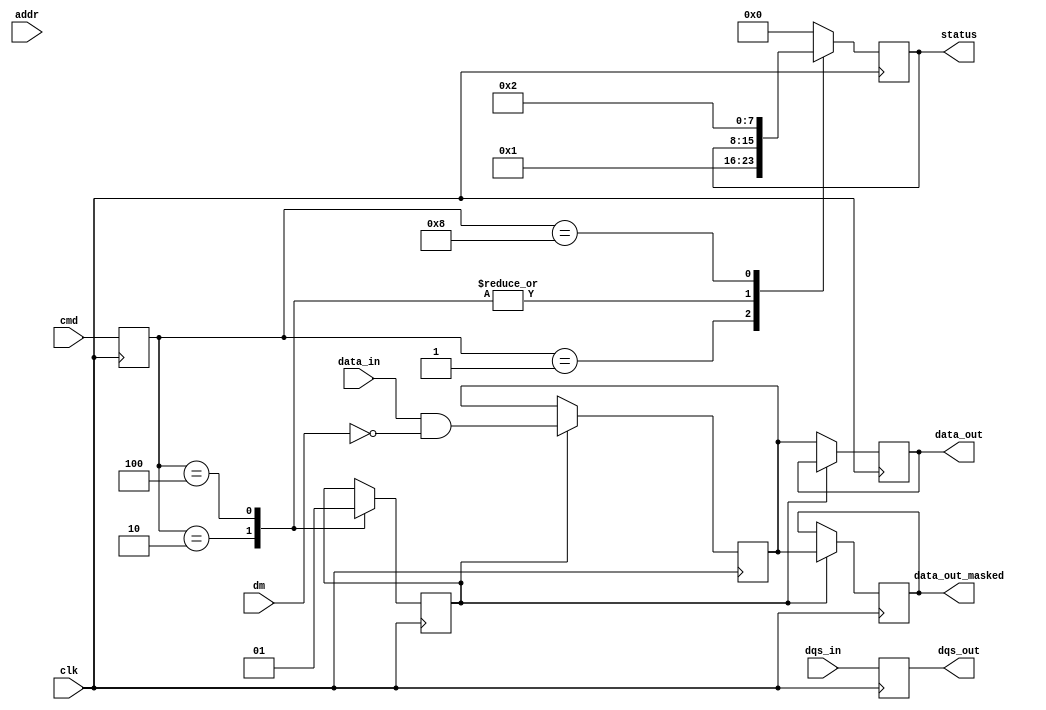
module ddr5_io_block (
    input wire clk,                  // High-frequency clock input
    input wire [63:0] data_in,      // 64-bit data input
    output reg [63:0] data_out,     // 64-bit data output
    input wire [7:0] cmd,           // Command signals
    input wire [7:0] addr,          // Address signals
    input wire dqs_in,              // Data Strobe input
    output reg dqs_out,             // Data Strobe output
    input wire [7:0] dm,            // Data Mask for write operations
    output reg [63:0] data_out_masked, // Masked data output
    output reg [7:0] status         // Status signals
);

    // Internal signals
    reg [63:0] data_buffer;          // Buffer for incoming data
    reg [7:0] command;               // Current command
    reg write_mode;                  // Flag for write mode
    reg [7:0] burst_length;          // Configurable burst length
    wire clk_out;                   // Clock output for driving memory

    // Input Buffer
    always @(posedge clk) begin
        if (write_mode) begin
            data_buffer <= data_in & ~dm; // Apply data mask
            data_out_masked <= data_buffer;
        end
    end

    // Output Buffer
    always @(posedge clk) begin
        if (!write_mode) begin
            data_out <= data_buffer; // Drive output data
        end
    end

    // Command Decoder
    always @(posedge clk) begin
        command <= cmd; // Latch command signals
        case (command)
            8'b00000001: // Active Command
                status <= 8'b00000001; // Active successful
            8'b00000010: // Read Command
                write_mode <= 0; // Set to read mode
            8'b00000100: // Write Command
                write_mode <= 1; // Set to write mode
            8'b00001000: // Precharge Command
                status <= 8'b00000010; // Precharge successful
            default:
                status <= 8'b00000000; // No operation
        endcase
    end

    // Clock Management (simplified example)
    assign clk_out = clk; // In a real design, there would be clock forwarding/skew adjustment logic

    // Data Strobe Management
    always @(posedge clk) begin
        dqs_out <= dqs_in; // Pass-through for DQS, may include delay logic
    end

    // Additional features like Calibration, Error Correction,
    // Test/Debug facilities would go here.

endmodule